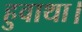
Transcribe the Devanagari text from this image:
हुवाथा।